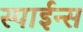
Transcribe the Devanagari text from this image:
स्पाईन्स